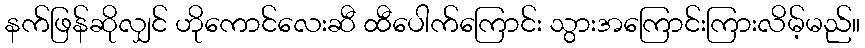
နက်ဖြန်ဆိုလျှင် ဟိုကောင်လေးဆီ ထီပေါက်ကြောင်း သွားအကြောင်းကြားလိမ့်မည်။